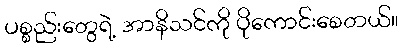
ပစ္စည်းတွေရဲ့ အာနိသင်ကို ပိုကောင်းစေတယ်။